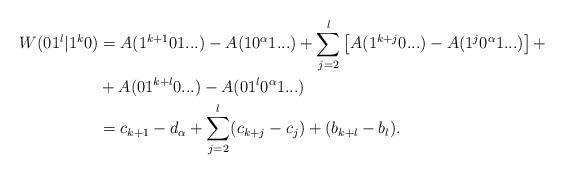
LaTeX: \begin{align*}W( 01^l | 1^k0 ) &= A(1^{k+1}01...) - A(10^\alpha1...) + \sum_{j=2}^l \left[ A(1^{k+j}0...) - A(1^j0^\alpha1...) \right] + \\&+ A(01^{k+l}0...) - A(01^l0^\alpha1...) \\&= c_{k+1} - d_\alpha + \sum_{j=2}^l(c_{k+j} - c_j) + (b_{k+l} - b_l). \end{align*}